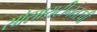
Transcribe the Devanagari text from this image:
सोसायटीनंतरची